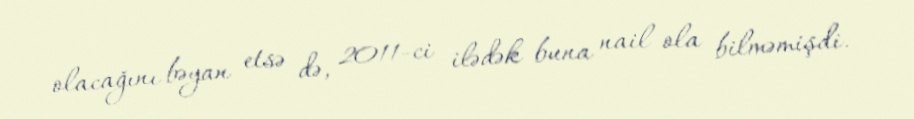
olacağını bəyan etsə də, 2011-ci ilədək buna nail ola bilməmişdi.